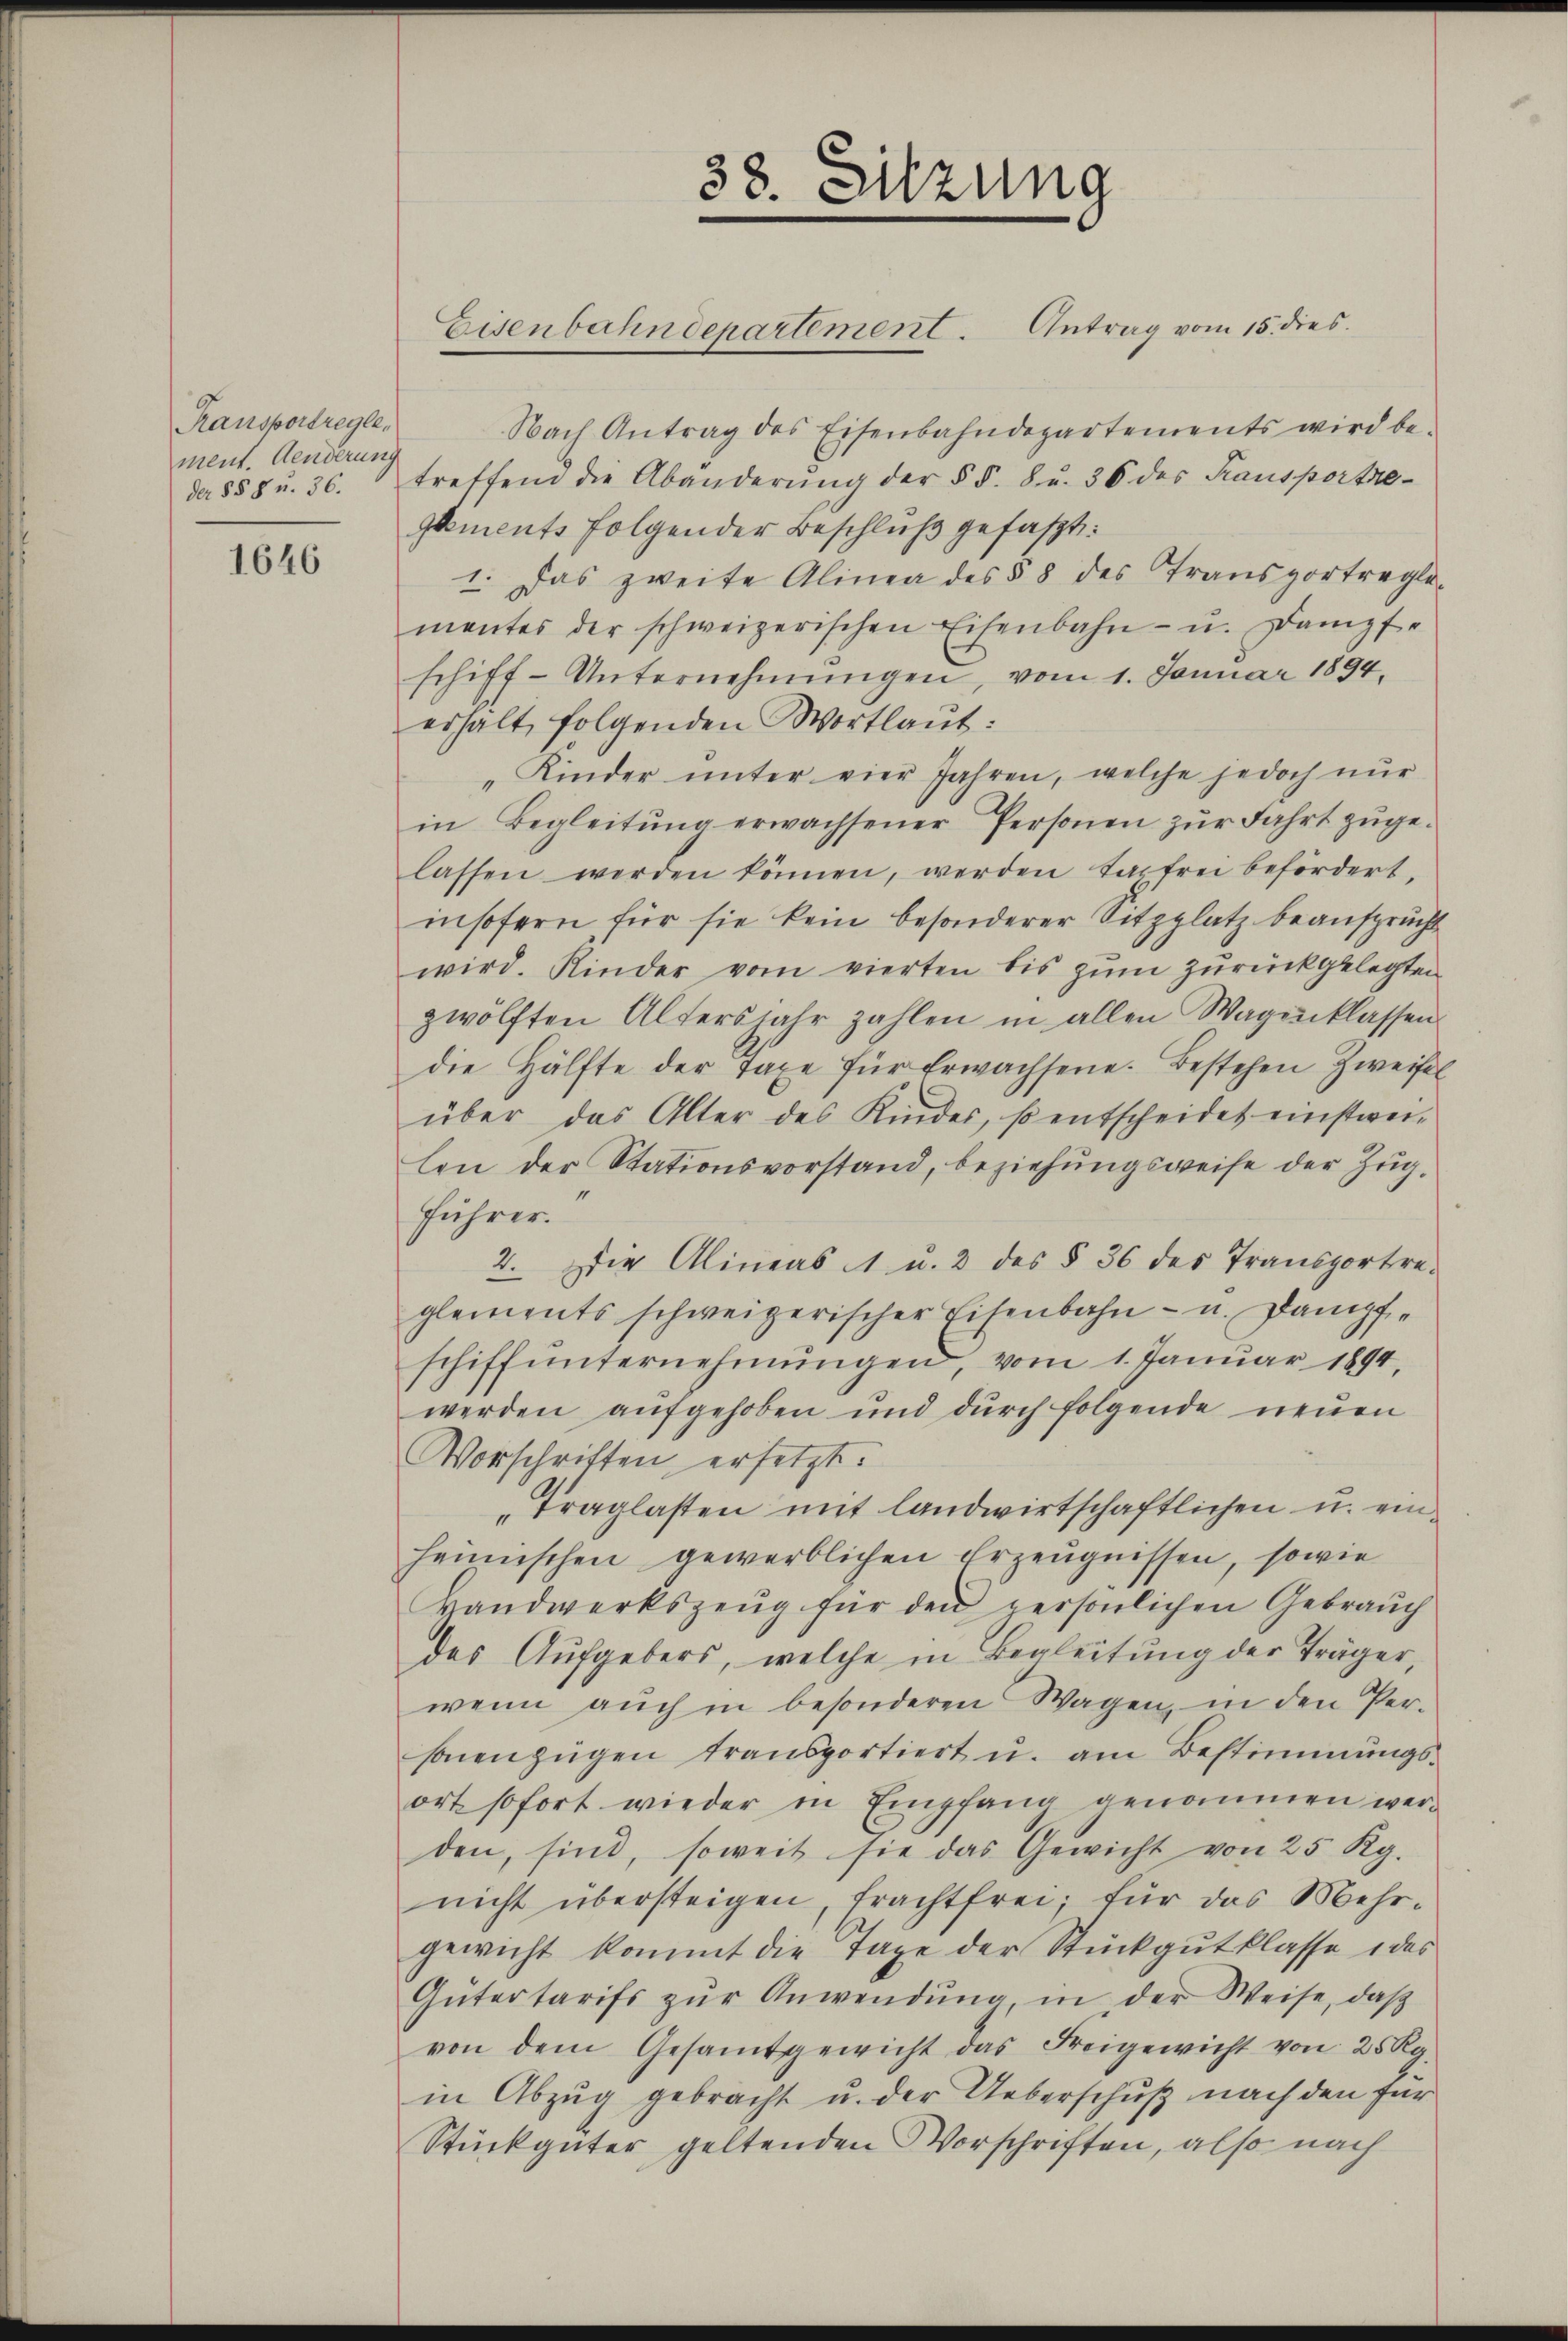
Kansportregle
ment. Aenderung
der §§ 8 u. 36.

1646

Nach Antrag des Eisenbahndepartements wird be-
treffend die Abänderŭng der § §. 8. u. 36 des Transportie
glements folgender Beschluß gefaßt:
1. Das zweite Alinea des § 8 des Transportregle-
mantes der schweizerischen Eisenbahn- u. Dampfe
schiff-Unternehmungen, vom 1. Januar 1894.
erhält, folgenden Wortlaut:
„Kinder ŭnter vier Jahren, welche jedoch nŭr
in Begleitŭng erwachsener Personen zŭr Fahrt zŭge-
lassen werden können, werden tagfrei befördert,
insofern für sie kein besonderer Sitzplatz beansprücht
wird. Kinder vom vierten bis zum zurückgelegten
zwölften Altersjahr zahlen in allen Wagenklassen
die Hälfte der Taxe für Erwachsene. Bestehen Zweifel
über das Alter des Kinder, so entscheidet einstweilen der Stationsvorstand, beziehungsweise der Zug,
Führer.
2. Die Alineas 1 u. 2 des § 36 des Transportre-
glements schweizerischer Eisenbahn- u. Dampfe
schiffŭnternehmungen, vom 1. Januar 1894,
werden aŭfgehoben und dŭrch folgende neŭen
Vorschriften ersetzt.
Traglasten mit landwirtschaftlichen u. einheimischen gewerblichen Erzeugnissen, sowie
Handwerkszeŭg für den persönlichen Gebrauch
des Aufgebers, welche in Begleitŭng der Träger,
wenn aŭch in besonderen Wagen, in den Per-
sonenzügen transportiert u. am Bestimmungsort sofort wieder in Empfang genommen werden, sind, soweit sie das Gewicht von 25 Kg.
nicht übersteigen, frachtfrei, für das Mehrgewicht kommt die Tage der Stückgutklasse des
Gütertarifs zŭr Anwendung, in der Weise, daß
von dem Gesamtgewicht das Freigewicht von 25 Rg.
in Abzug gebracht u. der Ueberschuß nach den für
Stückgüter geltenden Vorschriften, also nach

38. Sitzung
Eisenbahndepartement. Antrag vom 15. dies